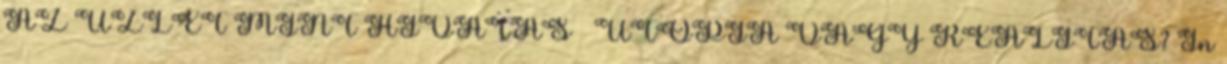
AZ ÜZLET MINT HIVATÁS – UTÓPIA VAGY REALITÁS? In